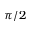
\pi / 2